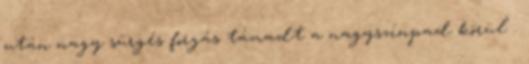
után nagy sürgés forgás támadt a nagyszínpad körül .